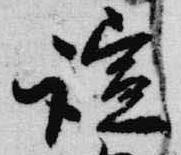
諠